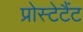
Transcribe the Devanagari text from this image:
प्रोस्टेटैंट